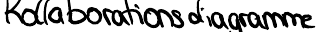
Kollarborationsdiagramme